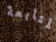
المتابعة